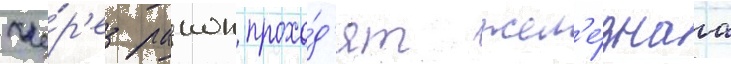
Че́р'ез раион прохо́д'ят жел'е́знаа